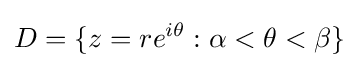
D=\{z=re^{i\theta }:\alpha <\theta <\beta \}